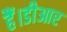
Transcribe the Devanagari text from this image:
हैं।डीआर